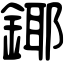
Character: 鎁